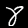
Label: 8